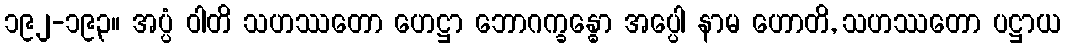
၁၉၂-၁၉၃။ အပ္ပံ ဝါတိ သဟဿတော ဟေဋ္ဌာ ဘောဂက္ခန္ဓော အပ္ပေါ နာမ ဟောတိ, သဟဿတော ပဋ္ဌာယ